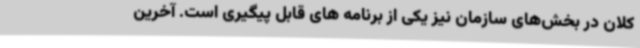
کلان در بخش‌های سازمان نیز یکی از برنامه های قابل پیگیری است. آخرین